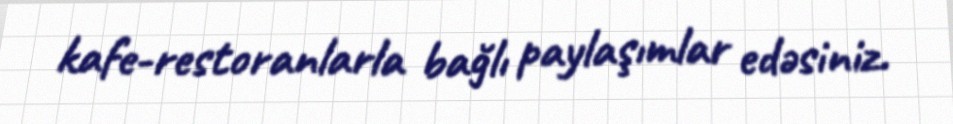
kafe-restoranlarla bağlı paylaşımlar edəsiniz.